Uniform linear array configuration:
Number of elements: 32
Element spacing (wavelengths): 0.25
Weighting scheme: hann
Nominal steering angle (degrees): -15
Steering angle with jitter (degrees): -14.141
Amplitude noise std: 0.05
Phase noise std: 0.05

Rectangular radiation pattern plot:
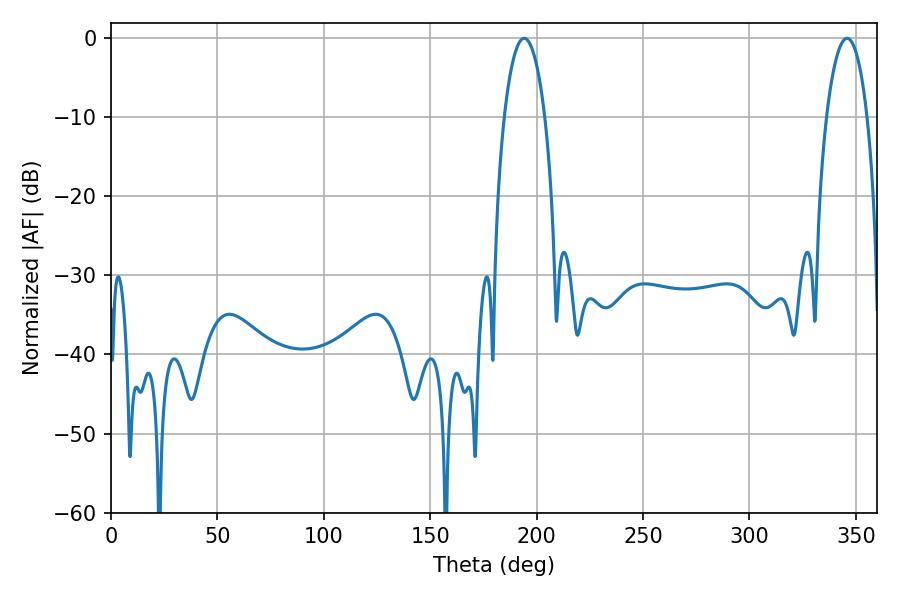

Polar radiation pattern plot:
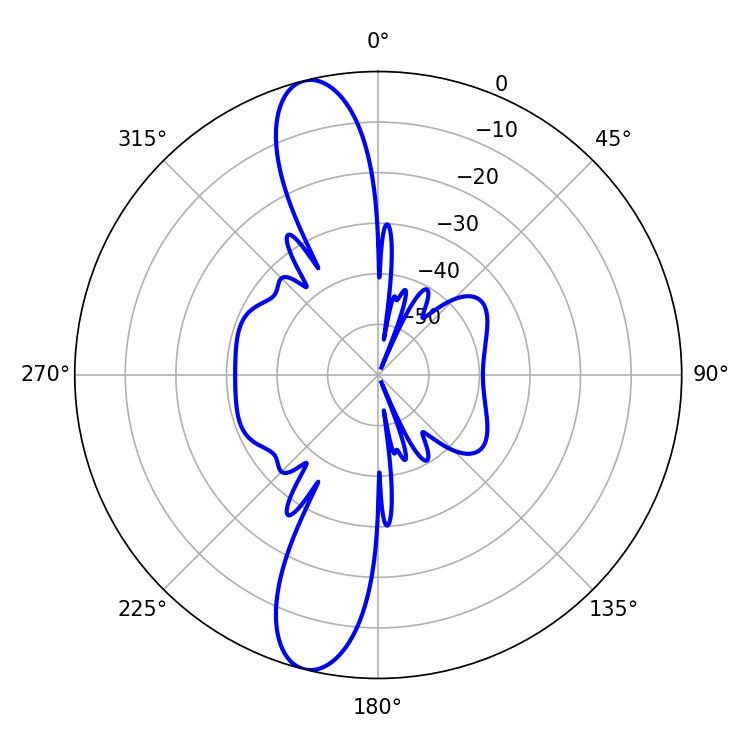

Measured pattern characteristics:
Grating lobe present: FALSE
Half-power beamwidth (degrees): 10.8
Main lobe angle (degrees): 194.22